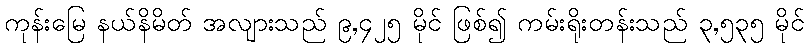
ကုန်းမြေ နယ်နိမိတ် အလျားသည် ၉,၄၂၅ မိုင် ဖြစ်၍ ကမ်းရိုးတန်းသည် ၃,၅၃၅ မိုင်